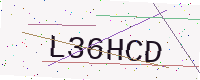
Text: L36HCD